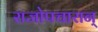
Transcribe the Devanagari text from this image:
राजोपचारान्